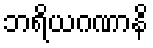
ဘရိယဂဏာနိ